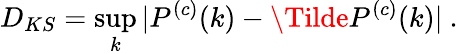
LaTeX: D_{KS}=\operatorname*{sup}_{k}|P^{(c)}(k)-\Tilde{P}^{(c)}(k)|\ .